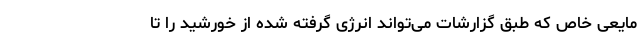
مایعی خاص که طبق گزارشات می‌تواند انرژی گرفته شده از خورشید را تا